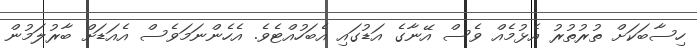
ހިސާބަކަށް ތުރުތުރު އެޅުމެއް ވެސް އޭނާގެ އަޑުގައި އެބަހުއްޓެވެ. އެހެންނަމަވެސް އެއަޑަށް ބާރުލަމުން